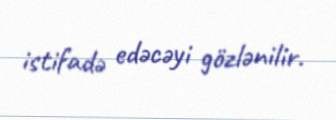
istifadə edəcəyi gözlənilir.